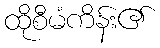
ထိုစီမံကိန်း၏